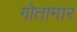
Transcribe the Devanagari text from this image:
गोतामार